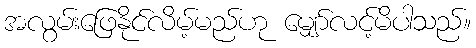
အလွမ်းဖြေနိုင်လိမ့်မည်ဟု မျှော်လင့်မိပါသည်။